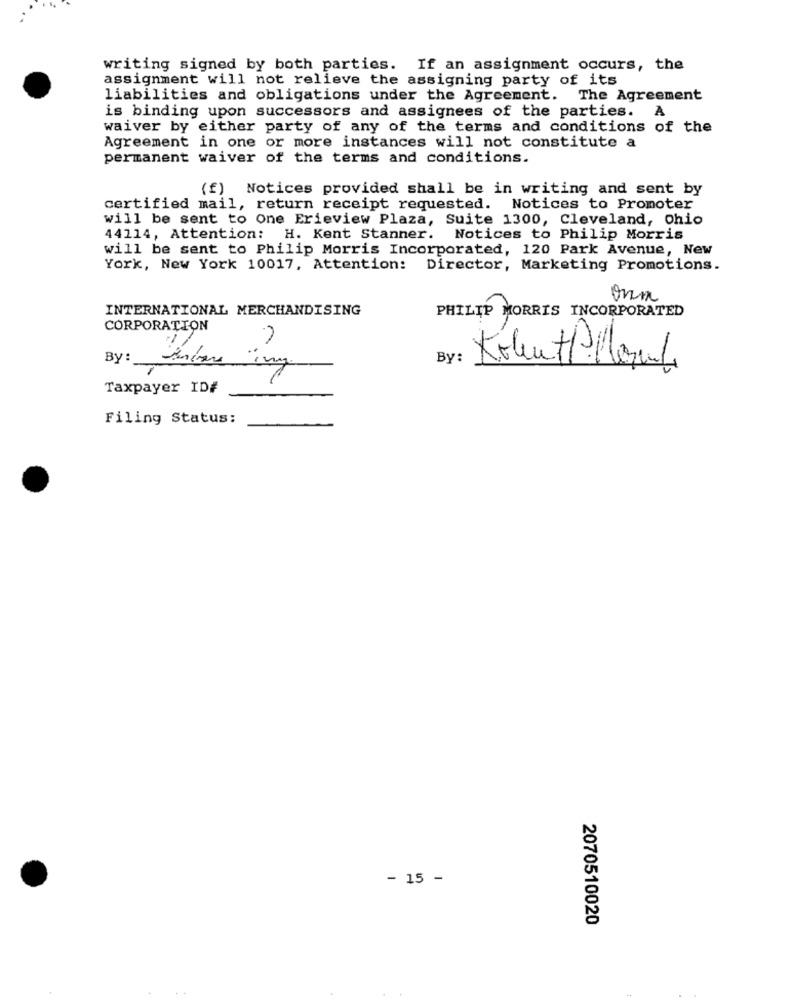
writing signed by both parties. If an assignment occurs, the
assignment will not relieve the assigning party of its
liabilities and obligations under the Agreement. The Agreement
is binding upon successors and assignees of the parties. A
waiver by either party of any of the terms and conditions of the
Agreement in one or more instances will not constitute a
permanent waiver of the terms and conditions.
(f) Notices provided shall be in writing and sent by
certified mail, return receipt requested. Notices to Promoter
will be sent to One Erieview Plaza, Suite 1300, Cleveland, Ohio
44114, Attention: H. Kent Stanner. Notices to Philip Morris
will be sent to Philip Morris Incorporated, 120 Park Avenue, New
York, New York 10017, Attention: Director, Marketing Promotions.
onn
INTERNATIONAL MERCHANDISING
PHILIP MORRIS INCORPORATED
CORPORATION
-
By:
By:
Kolen tt Moment
Taxpayer ID#
Filing Status:
- 15 -
2070510020